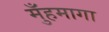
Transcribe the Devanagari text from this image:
मुँहमागा